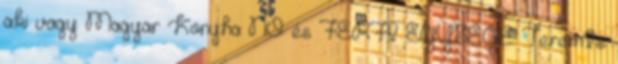
aki vagy Magyar Konyha NŐ és FÉRFI EGYSÉGE Teremts